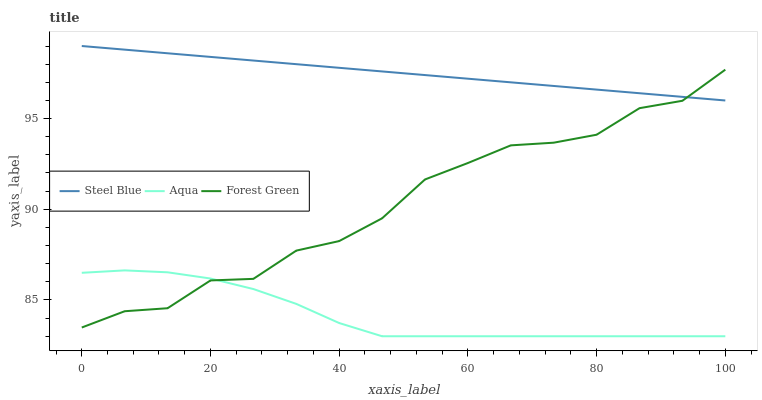
| xaxis_label | Steel Blue | Aqua | Forest Green |
 | --- | --- | --- | --- |
 | 0 | 99 | 86.5 | 83.5 |
 | 6.67 | 98.8 | 86.6 | 84.4 |
 | 13.3 | 98.6 | 86.5 | 84.5 |
 | 20 | 98.4 | 86.2 | 86.1 |
 | 26.7 | 98.2 | 85.6 | 86.2 |
 | 33.3 | 98 | 84.8 | 87.7 |
 | 40 | 97.8 | 83.7 | 88.2 |
 | 46.7 | 97.6 | 83 | 89.5 |
 | 53.3 | 97.4 | 83 | 91.6 |
 | 60 | 97.2 | 83 | 92.5 |
 | 66.7 | 97 | 83 | 93.5 |
 | 73.3 | 96.8 | 83 | 93.7 |
 | 80 | 96.6 | 83 | 94.1 |
 | 86.7 | 96.4 | 83 | 95.6 |
 | 93.3 | 96.2 | 83 | 96 |
 | 100 | 96 | 83 | 97.7 |